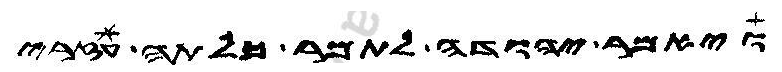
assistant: ויאמר יהודה לתמר כלתה עזרי